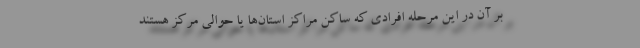
بر آن در این مرحله افرادی که ساکن مراکز استان‌ها یا حوالی مرکز هستند